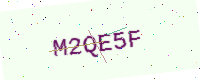
Text: M2QE5F